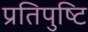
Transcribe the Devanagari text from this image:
प्रतिपुष्‍टि